Laidoner,_Johan, lk 72
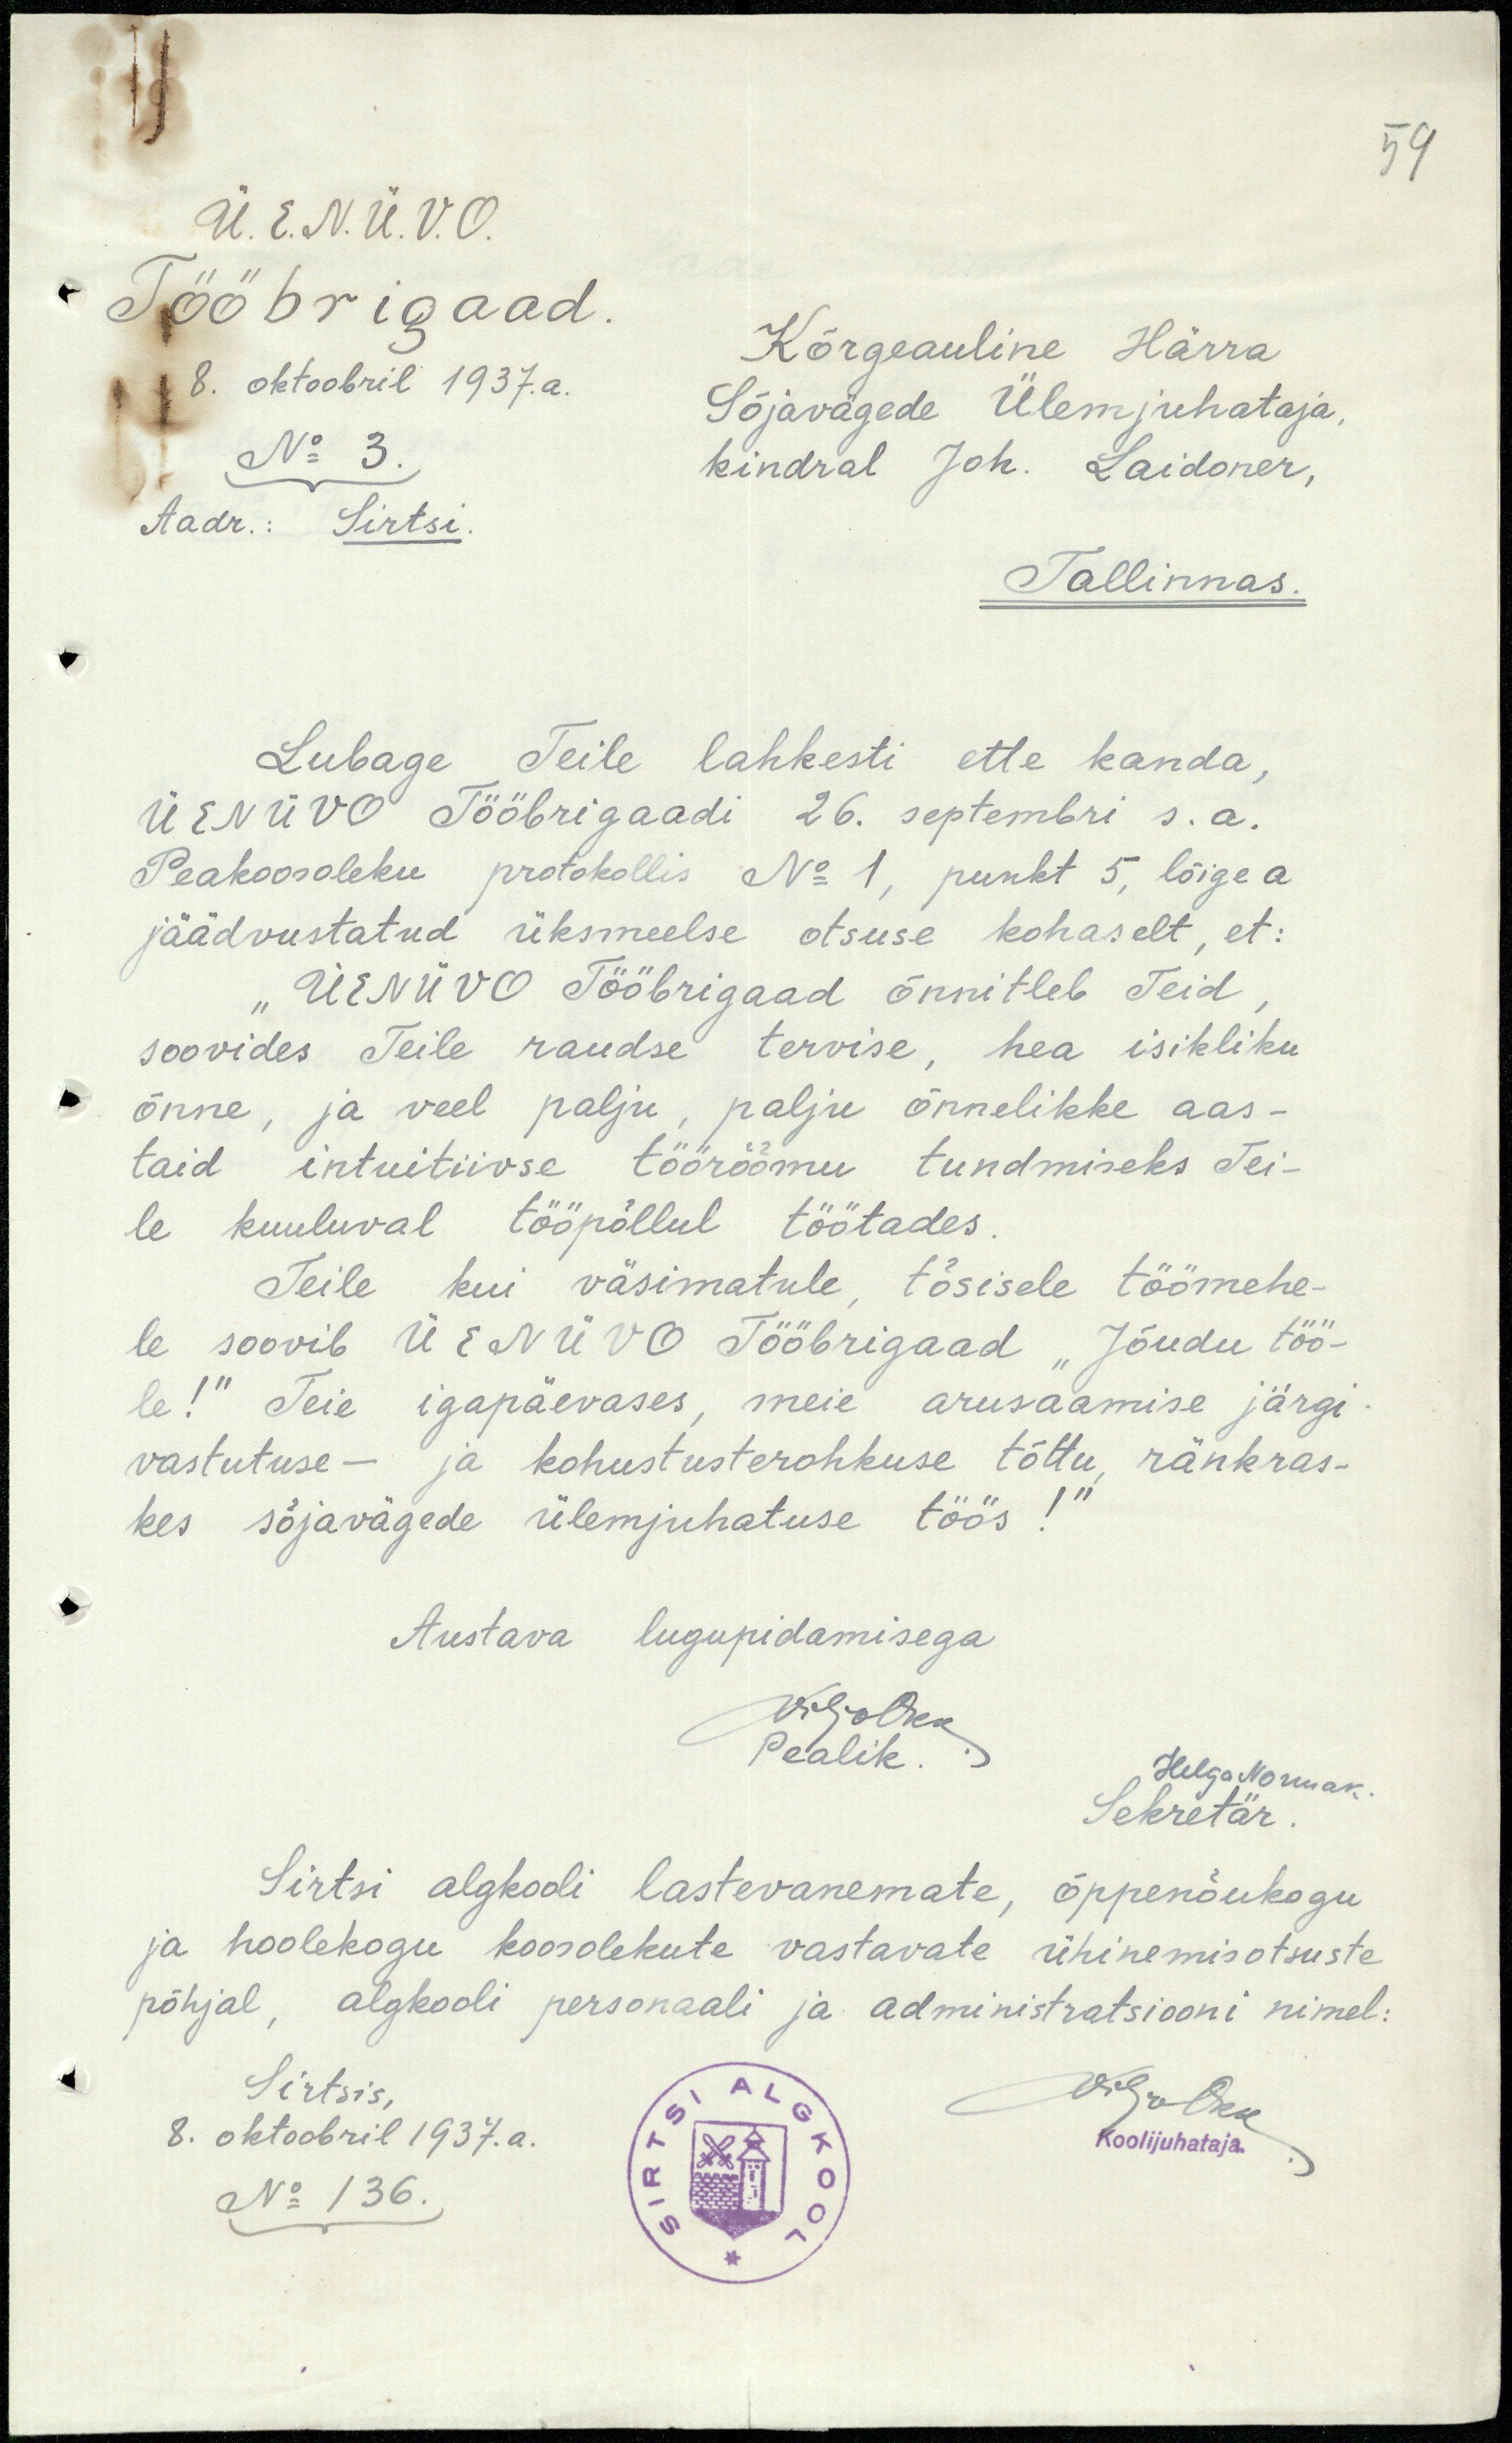
59
Ü. E. N. Ü. V. O.
Tööbrigaad.
Kõrgeauline Härra
8. oktoobril 1937.a.
Sõjavägede Ülemjuhataja,
No 3.
kindral Joh. Laidoner,
Aadr.: Sirtsi.
Tallinnas.
Lubage Teile lahkesti ette kanda,
Ü E N Ü V O Tööbrigaadi 26. septembri s.a.
Peakoosoleku protokollis No 1, punkt 5, lõige a
jäädvustatud üksmeelse otsuse kohaselt, et:
"Ü E N Ü V O Tööbrigaad õnnitleb Teid
soovides Teile raudse tervise, hea isikliku
õnne, ja veel palju, palju õnnelikke aas-
taid intuitiivse töörõõmu tundmiseks Tei-
le kuuluval tööpõllul töötades.
Teile kui väsimatule, tõsisele töömehe-
le soovib Ü E N Ü V O Tööbrigaad "Jõudu töö-
le!" Teie igapäevases, meie arusaamise järgi
vastutuse- ja kohustusterohkuse tõttu, ränkras-
kes sõjavägede ülemjuhatuse töös!"
Austava lugupidamisega
ViljoOkk
pealik.
Helga Normak.
Sekretär
Sirtsi algkooli lastevanemate, õppenõukogu
ja hoolekogu koosolekute vastavate ühinemisotsuste
põhjal, algkooli personaali ja administratsiooni nimel:
Sirtsis,
8. oktoobril 1937.a.
No 136.
ViljoOkk
Koolijuhataja.